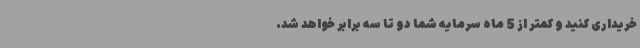
خریداری کنید و کمتر از 5 ماه سرمایه شما دو تا سه برابر خواهد شد.